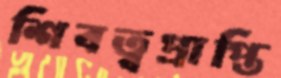
শিবত্বপ্রাপ্তি